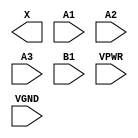
module sky130_fd_sc_hs__a31o (
    X   ,
    A1  ,
    A2  ,
    A3  ,
    B1  ,
    VPWR,
    VGND
);

    output X   ;
    input  A1  ;
    input  A2  ;
    input  A3  ;
    input  B1  ;
    input  VPWR;
    input  VGND;
endmodule